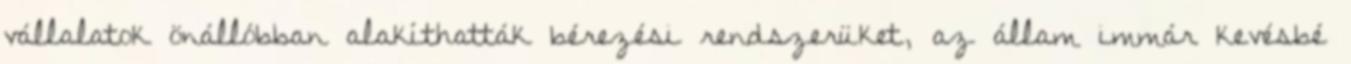
vállalatok önállóbban alakíthatták bérezési rendszerüket, az állam immár kevésbé